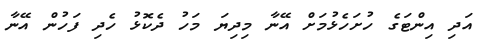
އަދި އިންޓަގެ ހުށަހެޅުމަށް އޭނާ މިދިޔަ މަހު ދެކޮޅު ހެދި ފަހުން އޭނާ